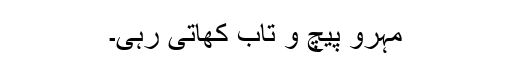
مہرو پیچ و تاب کھاتی رہی۔